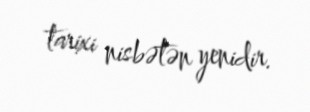
tarixi nisbətən yenidir.